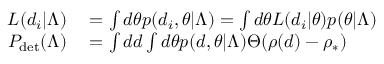
\begin{array} { r l } { { \cal L } ( d _ { i } | \Lambda ) } & { { } = \int d \theta p ( d _ { i } , \theta | \Lambda ) = \int d \theta { \cal L } ( d _ { i } | \theta ) p ( \theta | \Lambda ) } \\ { P _ { \mathrm { d e t } } ( \Lambda ) } & { { } = \int d d \int d \theta p ( d , \theta | \Lambda ) \Theta ( \rho ( d ) - \rho _ { * } ) } \end{array}